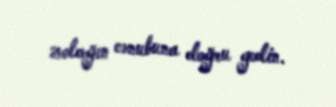
zolağın cənubuna doğru gedin.